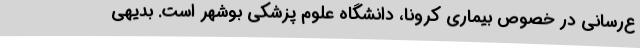
ع‌رسانی در خصوص بیماری کرونا، دانشگاه علوم پزشکی بوشهر است. بدیهی